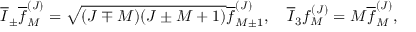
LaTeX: \overline { { I } } _ { \pm } \overline { { f } } _ { M } ^ { ( J ) } = \sqrt { ( J \mp M ) ( J \pm M + 1 ) } \overline { { f } } _ { M \pm 1 } ^ { ( J ) } , \quad \overline { { I } } _ { 3 } f _ { M } ^ { ( J ) } = M \overline { { f } } _ { M } ^ { ( J ) } ,